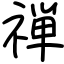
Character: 禅